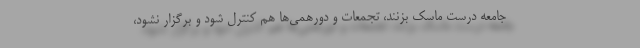
جامعه درست ماسک بزنند، تجمعات و دورهمی‌ها هم کنترل شود و برگزار نشود،